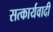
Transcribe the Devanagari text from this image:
सत्कार्यवादी